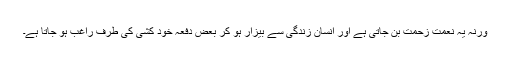
ورنہ یہ نعمت زحمت بن جاتی ہے اور انسان زندگی سے بیزار ہو کر بعض دفعہ خود کشی کی طرف راغب ہو جاتا ہے۔